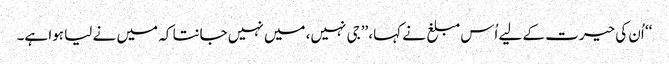
‘‘ اُن کی حیرت کے لیے اُس مبلغ نے کہا، ’’جی نہیں، میں نہیں جانتا کہ میں نے لیا ہوا ہے۔